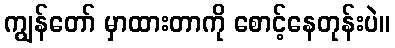
ကျွန်တော် မှာထားတာကို စောင့်နေတုန်းပဲ။